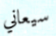
سيعاني